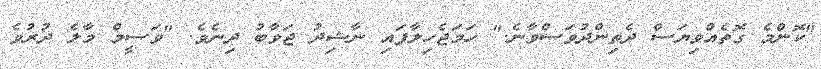
"ކޮންމެ ގޮތެއްވިޔަސް ދެތިންދުވަސްވާނެ." ހަމަޖެހިލާފައި ނާޝިދު ޖަވާބު ދިނެވެ. "ވަސީމް މާލެ ދުރުވެ